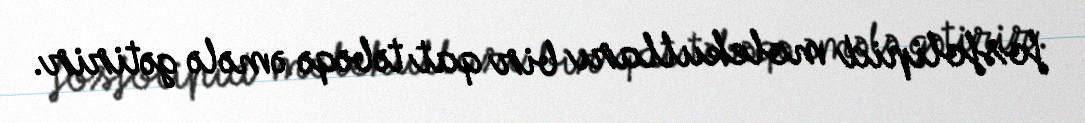
fosfolipid molekulları bir qat təbəqə əmələ gətirir.